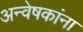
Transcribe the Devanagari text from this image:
अन्वेषकांना